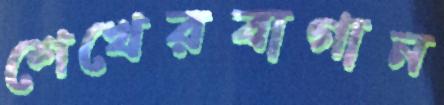
শেখেরবাগান